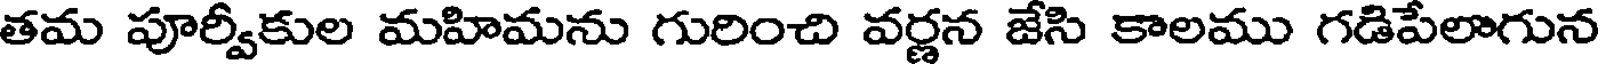
తమ పూర్వీకుల మహిమను గురించి వర్ణన జేసి కాలము గడిపేలాగున